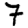
Digit: 7